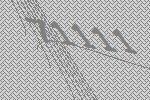
71111